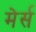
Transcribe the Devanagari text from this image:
मेर्स